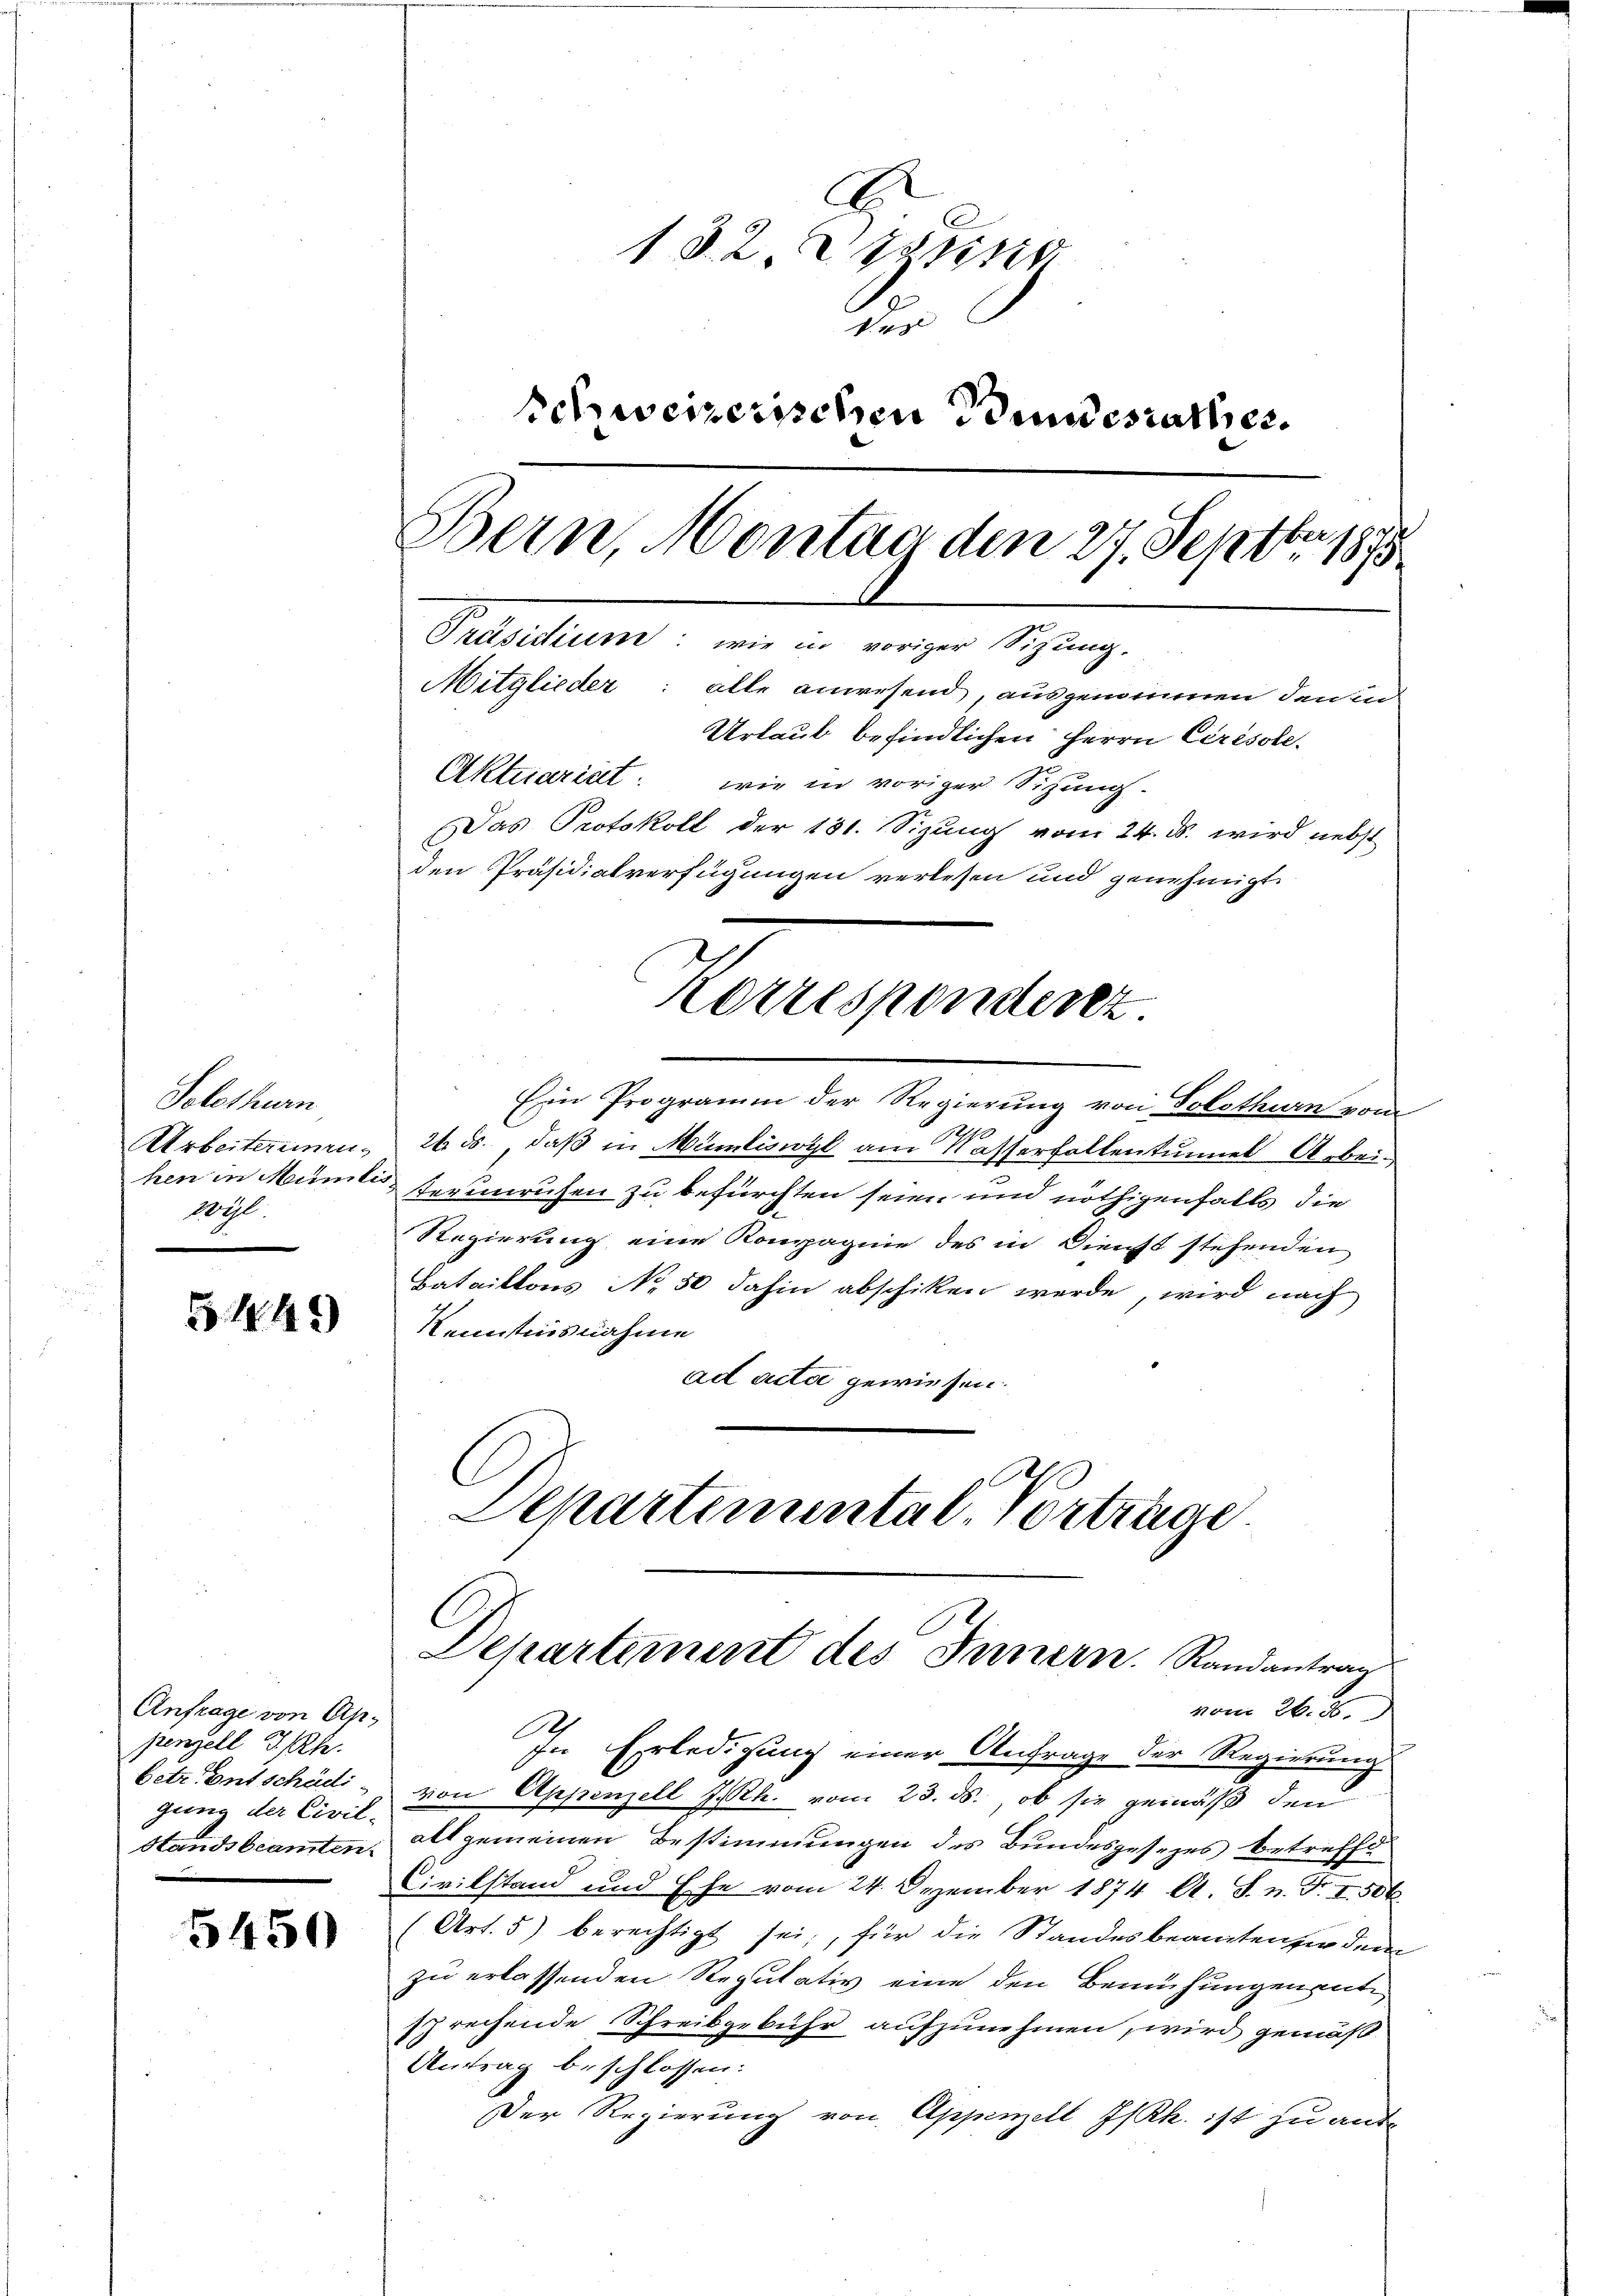
Solothurn
Arbeiterimen.
hen in Munt
10 gl

5442)

Anfrage von Appenzell I. Kle
betr. Entschädi
gung der Civil-
Standsbeamten

5450

A
132. ung
des
Schweizerischen Bundesrath er¬
Bern, Montag den 27. Septbr 188
Präsidium: wie in voriger Sizung.
Mitglieder: alle anwesend, ausgenommen, den in
Urlaut befindlichen Herrn Ceresole
Aktuariret: wie in voriger Sitzung.
Das Protokoll der 131. Sizung vom 24. d. wird nebst
den Präsidialverfügungen verlesen und genehmigt.

Ein Programm der Regierung von Solothurn vom
6
24. ds. daß in Mumliswyl am Wasserfallentumel Arbei
lich
terunruhen zu befürchten seien und nöthigenfalls die
Regierung eine Kompagnie des in Dienst stehenden
Bataillons No 50 dahin abschiken werde, wird nach
Kenntnisnahme
ad acte gewiesen.
C
Separtemental, vortrage

Korresponderez

Departement des Innern. Randantrag

In Erledigung einer Anfrage der Regierung
von Appenzell I.Rh. vom 23. ds., ob sie gemäß den
alt gemeinen Bestimmungen des Bundesgesezes betreffe
Civilstand und Ehe vom 24. Dezember 1874 A. S. n. F. I 506
(Art. 5) berechtigt sei; für die Standesbeamten vor dem
zu erlassenden Reputativ eine den Bemühungenent¬
7J rechende Schreibgebühr aufzunehmen, wird gemäß
Antrag beschlossen:
Der Regierung von Appenzell I/Rk. ist zu aus¬

vom 26. 25.